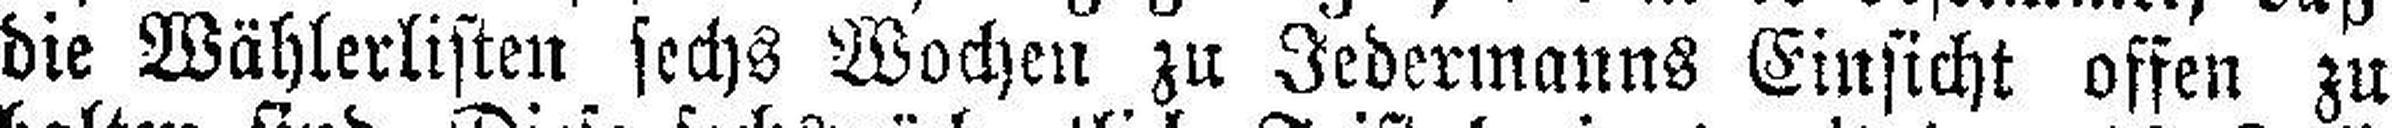
die Wählerlisten sechs Wochen zu Jedermanns Einsicht offen zu